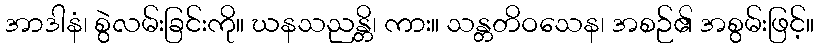
အာဒါနံ၊ စွဲလမ်းခြင်းကို။ ဃနသညန္တိ၊ ကား။ သန္တတိဝသေန၊ အစဉ်၏ အစွမ်းဖြင့်။